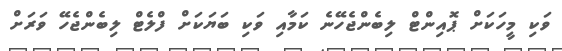
ވަކި މީހަކަށް ޕޮއިންޓް ލިބެންޖެހޭނެ ކަމާއި ވަކި ބަޔަކަށް ފްލެޓް ލިބެންޖެހޭ ވަރަށް